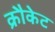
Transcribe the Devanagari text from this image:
क्रौकेट